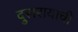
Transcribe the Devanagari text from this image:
दुसरायाची